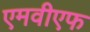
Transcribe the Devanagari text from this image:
एमवीएफ